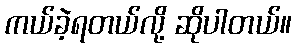
ကယ်ခဲ့ရတယ်လို့ ဆိုပါတယ်။